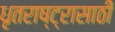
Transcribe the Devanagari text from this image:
धृतराष्ट्रासाठी